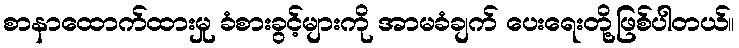
စာနာထောက်ထားမှု ခံစားခွင့်များကို အာမခံချက် ပေးရေးတို့ဖြစ်ပါတယ်။